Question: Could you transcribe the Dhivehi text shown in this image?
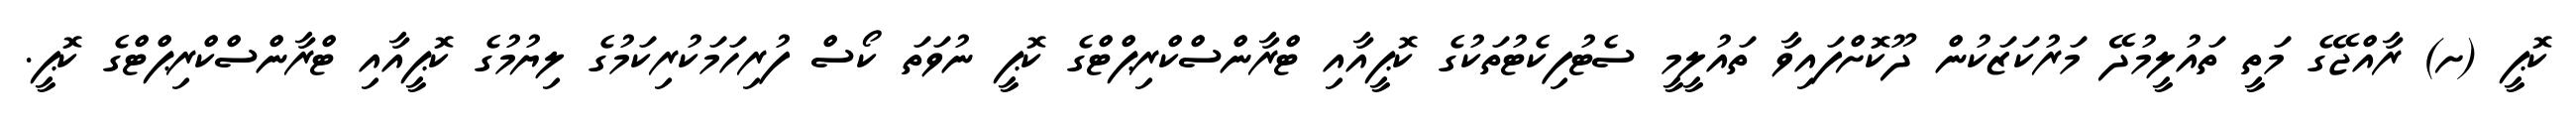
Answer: ކޮޕީ (ށ) ރާއްޖޭގެ މަތީ ތައުލީމުދޭ މަރުކަޒަކުން ދޫކޮށްފައިވާ ތައުލީމީ ސެޓުފިކެޓުތަކުގެ ކޮޕީއާއި ޓްރާންސްކްރިޕްޓްގެ ކޮޕީ ނުވަތަ ކޯސް ފުރިހަމަކުރިކަމުގެ ލިޔުމުގެ ކޮޕީއާއި ޓްރާންސްކްރިޕްޓްގެ ކޮޕީ.